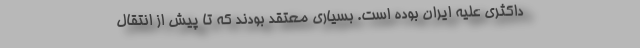
داکثری علیه ایران بوده است. بسیاری معتقد بودند که تا پیش از انتقال